Report of the Indian Hemp Drugs Commission, 1894-1895 - Volume IV
Year: 1894
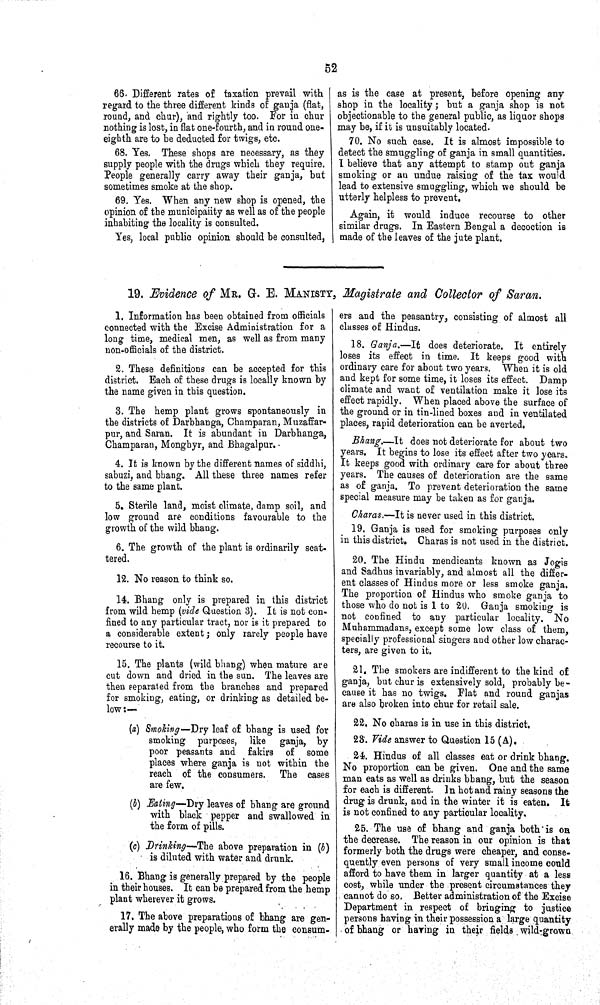
52
66. Different rates of taxation prevail with
regard to the three different kinds of ganja (flat,
round, and chur), and rightly too. For in chur
nothing is lost, in flat one-fourth, and in round one-
eighth are to be deducted for twigs, etc.
68. Yes. These shops are necessary, as they
supply people with the drugs which they require.
People generally carry away their ganja, but
sometimes smoke at the shop.
69. Yes. When any new shop is opened, the
opinion of the municipality as well as of the people
inhabiting the locality is consulted.
Yes, local public opinion should be consulted,
as is the case at present, before opening any
shop in the locality; but a ganja shop is not
objectionable to the general public, as liquor shops
may be, if it is unsuitably located.
70. No such case. It is almost impossible to
detect the smuggling of ganja in small quantities.
I believe that any attempt to stamp out ganja
smoking or an undue raising of the tax would
lead to extensive smuggling, which we should be
utterly helpless to prevent.
Again, it would induce recourse to other
similar drugs. In Eastern Bengal a decoction is
made of the leaves of the jute plant.
19. Evidence of MR. G. E. MANISTY, Magistrate and Collector of Saran.
1. Information has been obtained from officials
connected with the Excise Administration for a
long time, medical men, as well as from many
non-officials of the district.
2. These definitions can be accepted for this
district. Each of these drugs is locally known by
the name given in this question.
3. The hemp plant grows spontaneously in
the districts of Darbhanga, Champaran, Muzaffar-
pur, and Saran. It is abundant in Darbhanga,
Champaran, Monghyr, and Bhagalpur.
4. It is known by the different names of siddhi,
sabuzi, and bhang. All these three names refer
to the same plant.
5. Sterile land, moist climate, damp soil, and
low ground are conditions favourable to the
growth of the wild bhang.
6. The growth of the plant is ordinarily scat-
tered.
12. No reason to think so.
14. Bhang only is prepared in this district
from wild hemp (vide Question 3). It is not con-
fined to any particular tract, nor is it prepared to
a considerable extent; only rarely people have
recourse to it.
15. The plants (wild bhang) when mature are
cut down and dried in the sun. The leaves are
then separated from the branches and prepared
for smoking, eating, or drinking as detailed be-
low:—
(a) Smoking—Dry leaf of bhang is used for
smoking purposes, like ganja, by
poor peasants and fakirs of some
places where ganja is not within the
reach of the consumers. The cases
are few.
(b) Eating—Dry leaves of bhang are ground
with black pepper and swallowed in
the form of pills.
(c) Drinking—The above preparation in (b)
is diluted with water and drunk.
16. Bhang is generally prepared by the people
in their houses. It can be prepared from the hemp
plant wherever it grows.
17. The above preparations of bhang are gen-
erally made by the people, who form the consum-
ers and the peasantry, consisting of almost all
classes of Hindus.
18. Ganja.—It does deteriorate. It entirely
loses its effect in time. It keeps good with
ordinary care for about two years. When it is old
and kept for some time, it loses its effect. Damp
climate and want of ventilation make it lose its
effect rapidly. When placed above the surface of
the ground or in tin-lined boxes and in ventilated
places, rapid deterioration can be averted.
Bhang.—It does not deteriorate for about two
years. It begins to lose its effect after two years.
It keeps good with ordinary care for about three
years. The causes of deterioration are the same
as of ganja. To prevent deterioration the same
special measure may be taken as for ganja.
Charas.—It is never used in this district.
19. Ganja is used for smoking purposes only
in this district. Charas is not used in the district.
20. The Hindu mendicants known as Jogis
and Sadhus invariably, and almost all the differ-
ent classes of Hindus more or less smoke ganja.
The proportion of Hindus who smoke ganja to
those who do not is 1 to 20. Ganja smoking is
not confined to any particular locality. No
Muhammadans, except some low class of them,
specially professional singers and other low charac-
ters, are given to it.
21. The smokers are indifferent to the kind of
ganja, but chur is extensively sold, probably be-
cause it has no twigs. Flat and round ganjas
are also broken into chur for retail sale.
22. No charas is in use in this district.
23. Vide answer to Question 15 (A).
24. Hindus of all classes eat or drink bhang.
No proportion can be given. One and the same
man eats as well as drinks bhang, but the season
for each is different. In hot and rainy seasons the
drug is drunk, and in the winter it is eaten. It
is not confined to any particular locality.
25. The use of bhang and ganja both is on
the decrease. The reason in our opinion is that
formerly both the drugs were cheaper, and conse-
quently even persons of very small income could
afford to have them in larger quantity at a less
cost, while under the present circumstances they
cannot do so. Better administration of the Excise
Department in respect of bringing to justice
persons having in their possession a large quantity
of bhang or having in their fields wild-grown